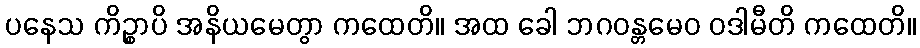
ပနေသ ကိဉ္စာပိ အနိယမေတွာ ကထေတိ။ အထ ခေါ ဘဂဝန္တမေဝ ဝဒါမီတိ ကထေတိ။